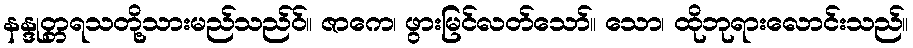
နန္ဒုတ္တရသတို့သားမည်သည်ဝ်။ ဇာကေ၊ ဖွားမြင်လတ်သော်။ သော၊ ထိုဘုရားလောင်းသည်။